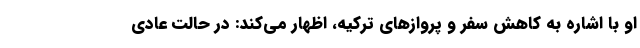
او با اشاره به کاهش سفر و پروازهای ترکیه، اظهار می‌کند: در حالت عادی